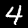
Label: 4